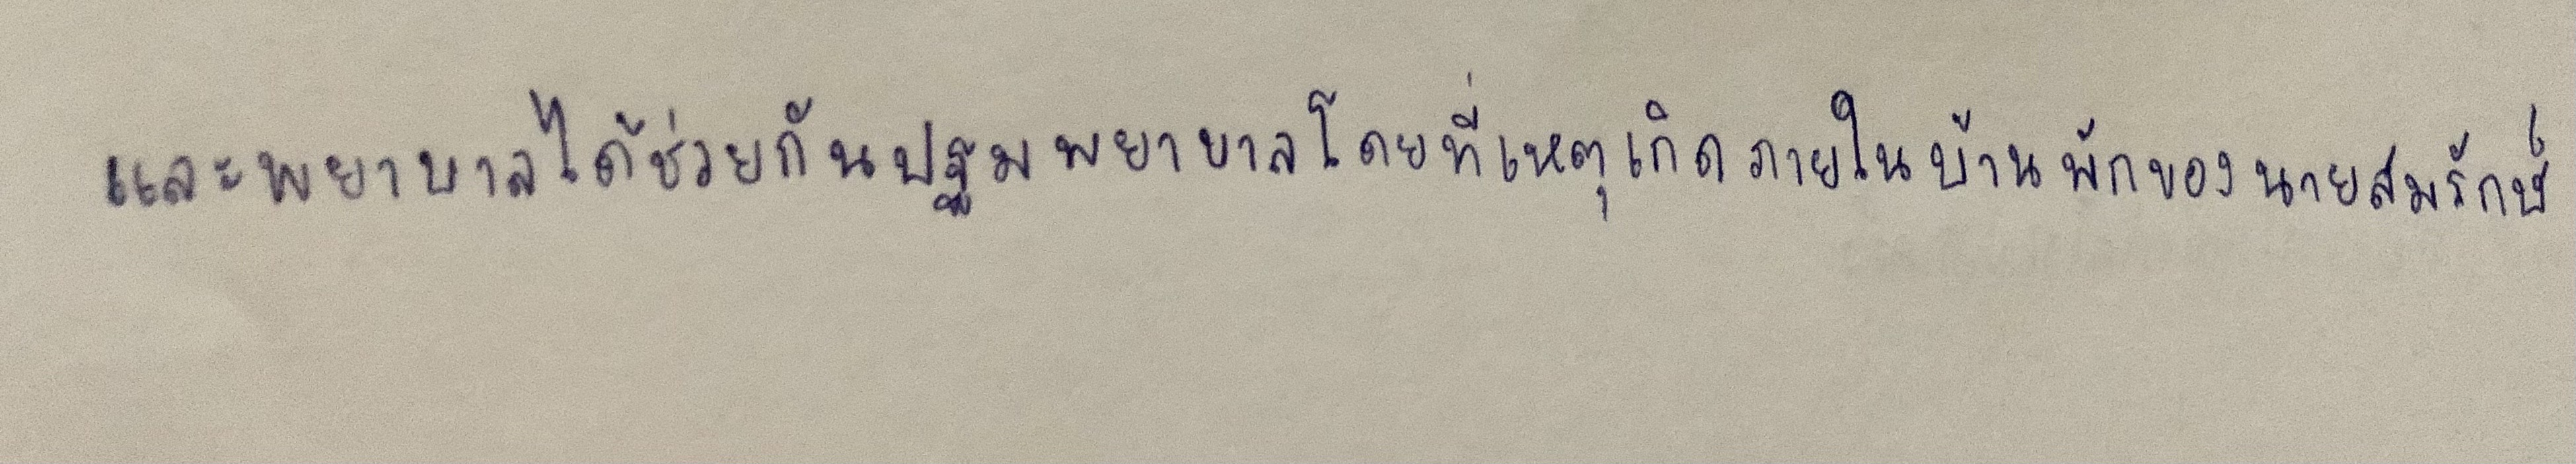
และพยาบาลได้ช่วยกันปฐมพยาบาลโดยที่เหตุเกิดภายในบ้านพักของนายสมรักษ์